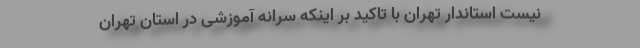
نیست استاندار تهران با تاکید بر اینکه سرانه آموزشی در استان تهران